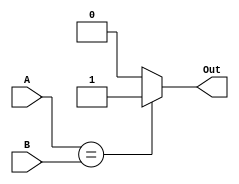
//==============================================
//==============================================				
//----------------------------------------------
//												
//	Module Name		:	Comparator					
//	Release version	:	v1.0					
//----------------------------------------------										

module Comparator(
    //Input Port
	A,
	B,	
    //Output Port
	Out
    );

//---------------------------------------------------------------------
//   PORT DECLARATION
//---------------------------------------------------------------------
input[63:0]A;
input[63:0]B;
output reg Out;


//---------------------------------------------------------------------
//   Design
//---------------------------------------------------------------------
always@(*)
begin
	if(A == B)
		Out = 1'd1;
	else
		Out = 1'd0;
end



endmodule